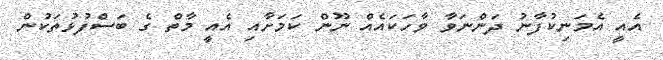
އެއީ އެމަނިކުފާނު ދަންނަވާ ވާހަކައެއް ނޫން ކަމަށާއި އެއީ މާތް ގެ ބަސްފުޅުތަކުން